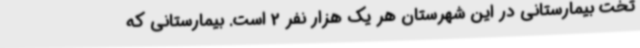
تخت بیمارستانی در این شهرستان هر یک هزار نفر 2 است. بیمارستانی که